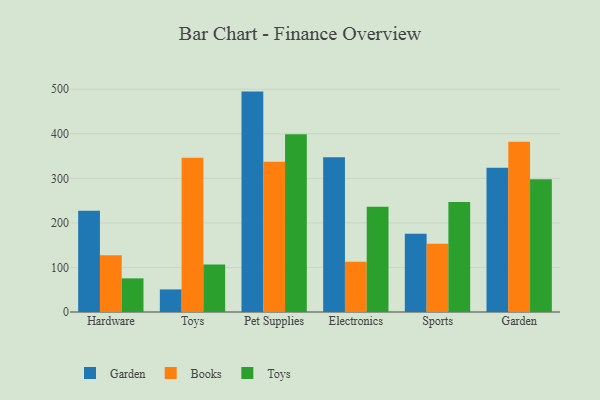
{"axis": {"x": "Category", "y": "Revenue (USD Million)"}, "legend": ["Books", "Garden", "Toys"], "data": [{"x": "Hardware", "y": 227.4, "type": "Garden"}, {"x": "Hardware", "y": 127.4, "type": "Books"}, {"x": "Hardware", "y": 75.5, "type": "Toys"}, {"x": "Toys", "y": 50.7, "type": "Garden"}, {"x": "Toys", "y": 346.4, "type": "Books"}, {"x": "Toys", "y": 106.8, "type": "Toys"}, {"x": "Pet Supplies", "y": 494.7, "type": "Garden"}, {"x": "Pet Supplies", "y": 337.0, "type": "Books"}, {"x": "Pet Supplies", "y": 398.7, "type": "Toys"}, {"x": "Electronics", "y": 347.4, "type": "Garden"}, {"x": "Electronics", "y": 112.9, "type": "Books"}, {"x": "Electronics", "y": 236.5, "type": "Toys"}, {"x": "Sports", "y": 175.7, "type": "Garden"}, {"x": "Sports", "y": 153.3, "type": "Books"}, {"x": "Sports", "y": 246.8, "type": "Toys"}, {"x": "Garden", "y": 323.8, "type": "Garden"}, {"x": "Garden", "y": 381.9, "type": "Books"}, {"x": "Garden", "y": 298.1, "type": "Toys"}]}